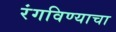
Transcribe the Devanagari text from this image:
रंगविण्याचा